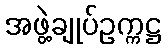
အဖွဲ့ချုပ်ဥက္ကဋ္ဌ